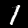
Digit: 1